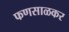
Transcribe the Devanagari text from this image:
फणसाळकर